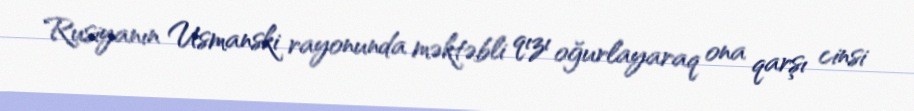
Rusiyanın Usmanski rayonunda məktəbli qızı oğurlayaraq ona qarşı cinsi